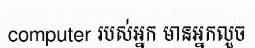
computer របស់អ្នក មានអ្នកលួច